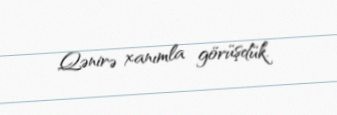
Qənirə xanımla görüşdük.